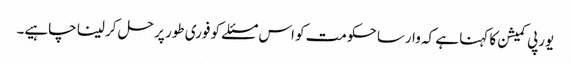
یورپی کمیشن کا کہنا ہے کہ وارسا حکومت کو اس مسئلے کو فوری طور پر حل کر لینا چاہیے۔